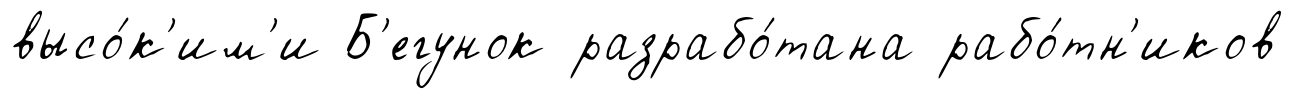
высо́к'им'и Б'егунок разрабо́тана рабо́тн'иков